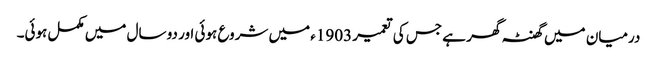
درمیان میں گھنٹہ گھر ہے جس کی تعمیر 1903ء میں شروع ہوئی اور دو سال میں مکمل ہوئی۔